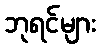
ဘုရင်များ